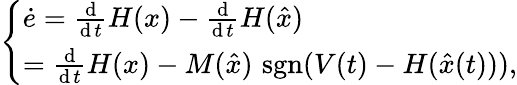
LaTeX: \left\{ \begin{array}{ll}{{\dot{e}}={\frac{\operatorname{d}}{\operatorname{d}t}}H(x)-{\frac{\operatorname{d}}{\operatorname{d}t}}H({\hat{x}})}\\ {={\frac{\operatorname{d}}{\operatorname{d}t}}H(x)-M({\hat{x}})\, \operatorname{sgn}(V(t)-H({\hat{x}}(t))),}\end{array}\right.